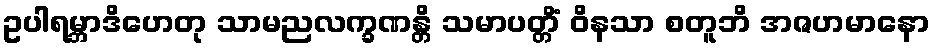
ဥပါရမ္ဘာဒိဟေတု သာမညလက္ခဏန္တိ သမာပတ္တိံ ဝိနသာ စတူဘိ အဇဟမာနော